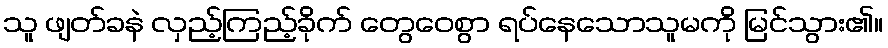
သူ ဖျတ်ခနဲ လှည့်ကြည့်ခိုက် တွေဝေစွာ ရပ်နေသောသူမကို မြင်သွား၏။